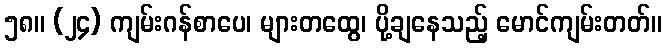
၅၈။ (၂၄) ကျမ်းဂန်စာပေ၊ များတထွေ၊ ပို့ချနေသည့် မောင်ကျမ်းတတ်။